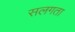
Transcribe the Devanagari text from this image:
सलगता